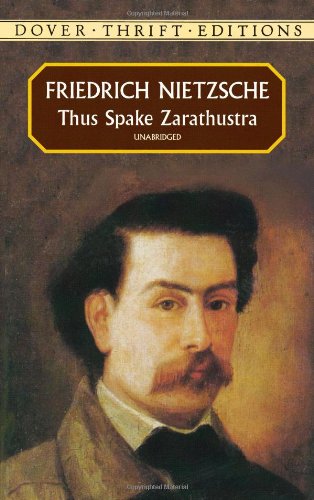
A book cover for Thus Spake Zarathustra (Dover Thrift Editions); Friedrich Nietzsche; Politics & Social Sciences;